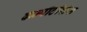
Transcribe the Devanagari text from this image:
कम्पीटीशंस